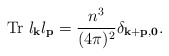
\begin{align*}{\rm Tr}~l_{\bf k}l_{\bf p}=\frac{n^3}{(4\pi)^2}\delta_{\bf k+p,0}.\end{align*}